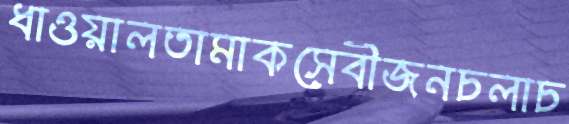
ধাওয়ালতামাকসেবীজনচলাচ